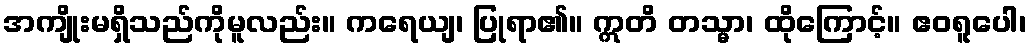
အကျိုးမရှိသည်ကိုမူလည်း။ ကရေယျ၊ ပြုရာ၏။ ဣတိ တသ္မာ၊ ထိုကြောင့်။ ဧဝရူပေါ၊